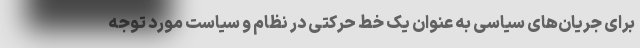
برای جریان‌های سیاسی به عنوان یک خط حرکتی در نظام و سیاست مورد توجه